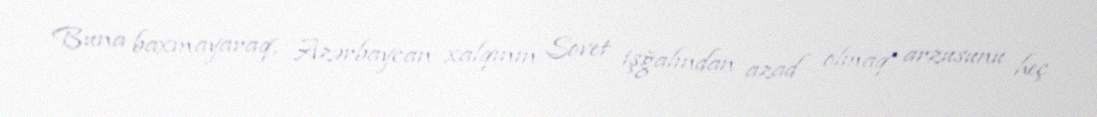
Buna baxmayaraq, Azərbaycan xalqının Sovet işğalından azad olmaq arzusunu heç